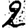
Digit: 2